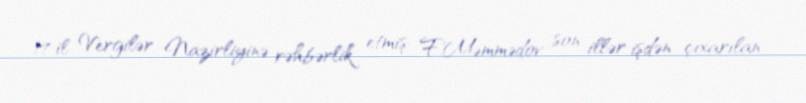
17 il Vergilər Nazirliyinə rəhbərlik etmiş F.Məmmədov son illər işdən çıxarılan